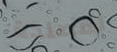
لمصلحة